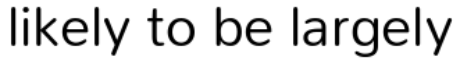
likely to be largely